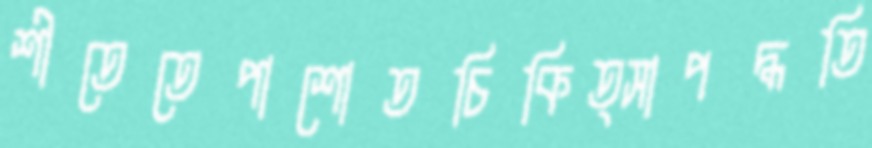
শীতেতেপাশোতচিকিত্সাপদ্ধতি